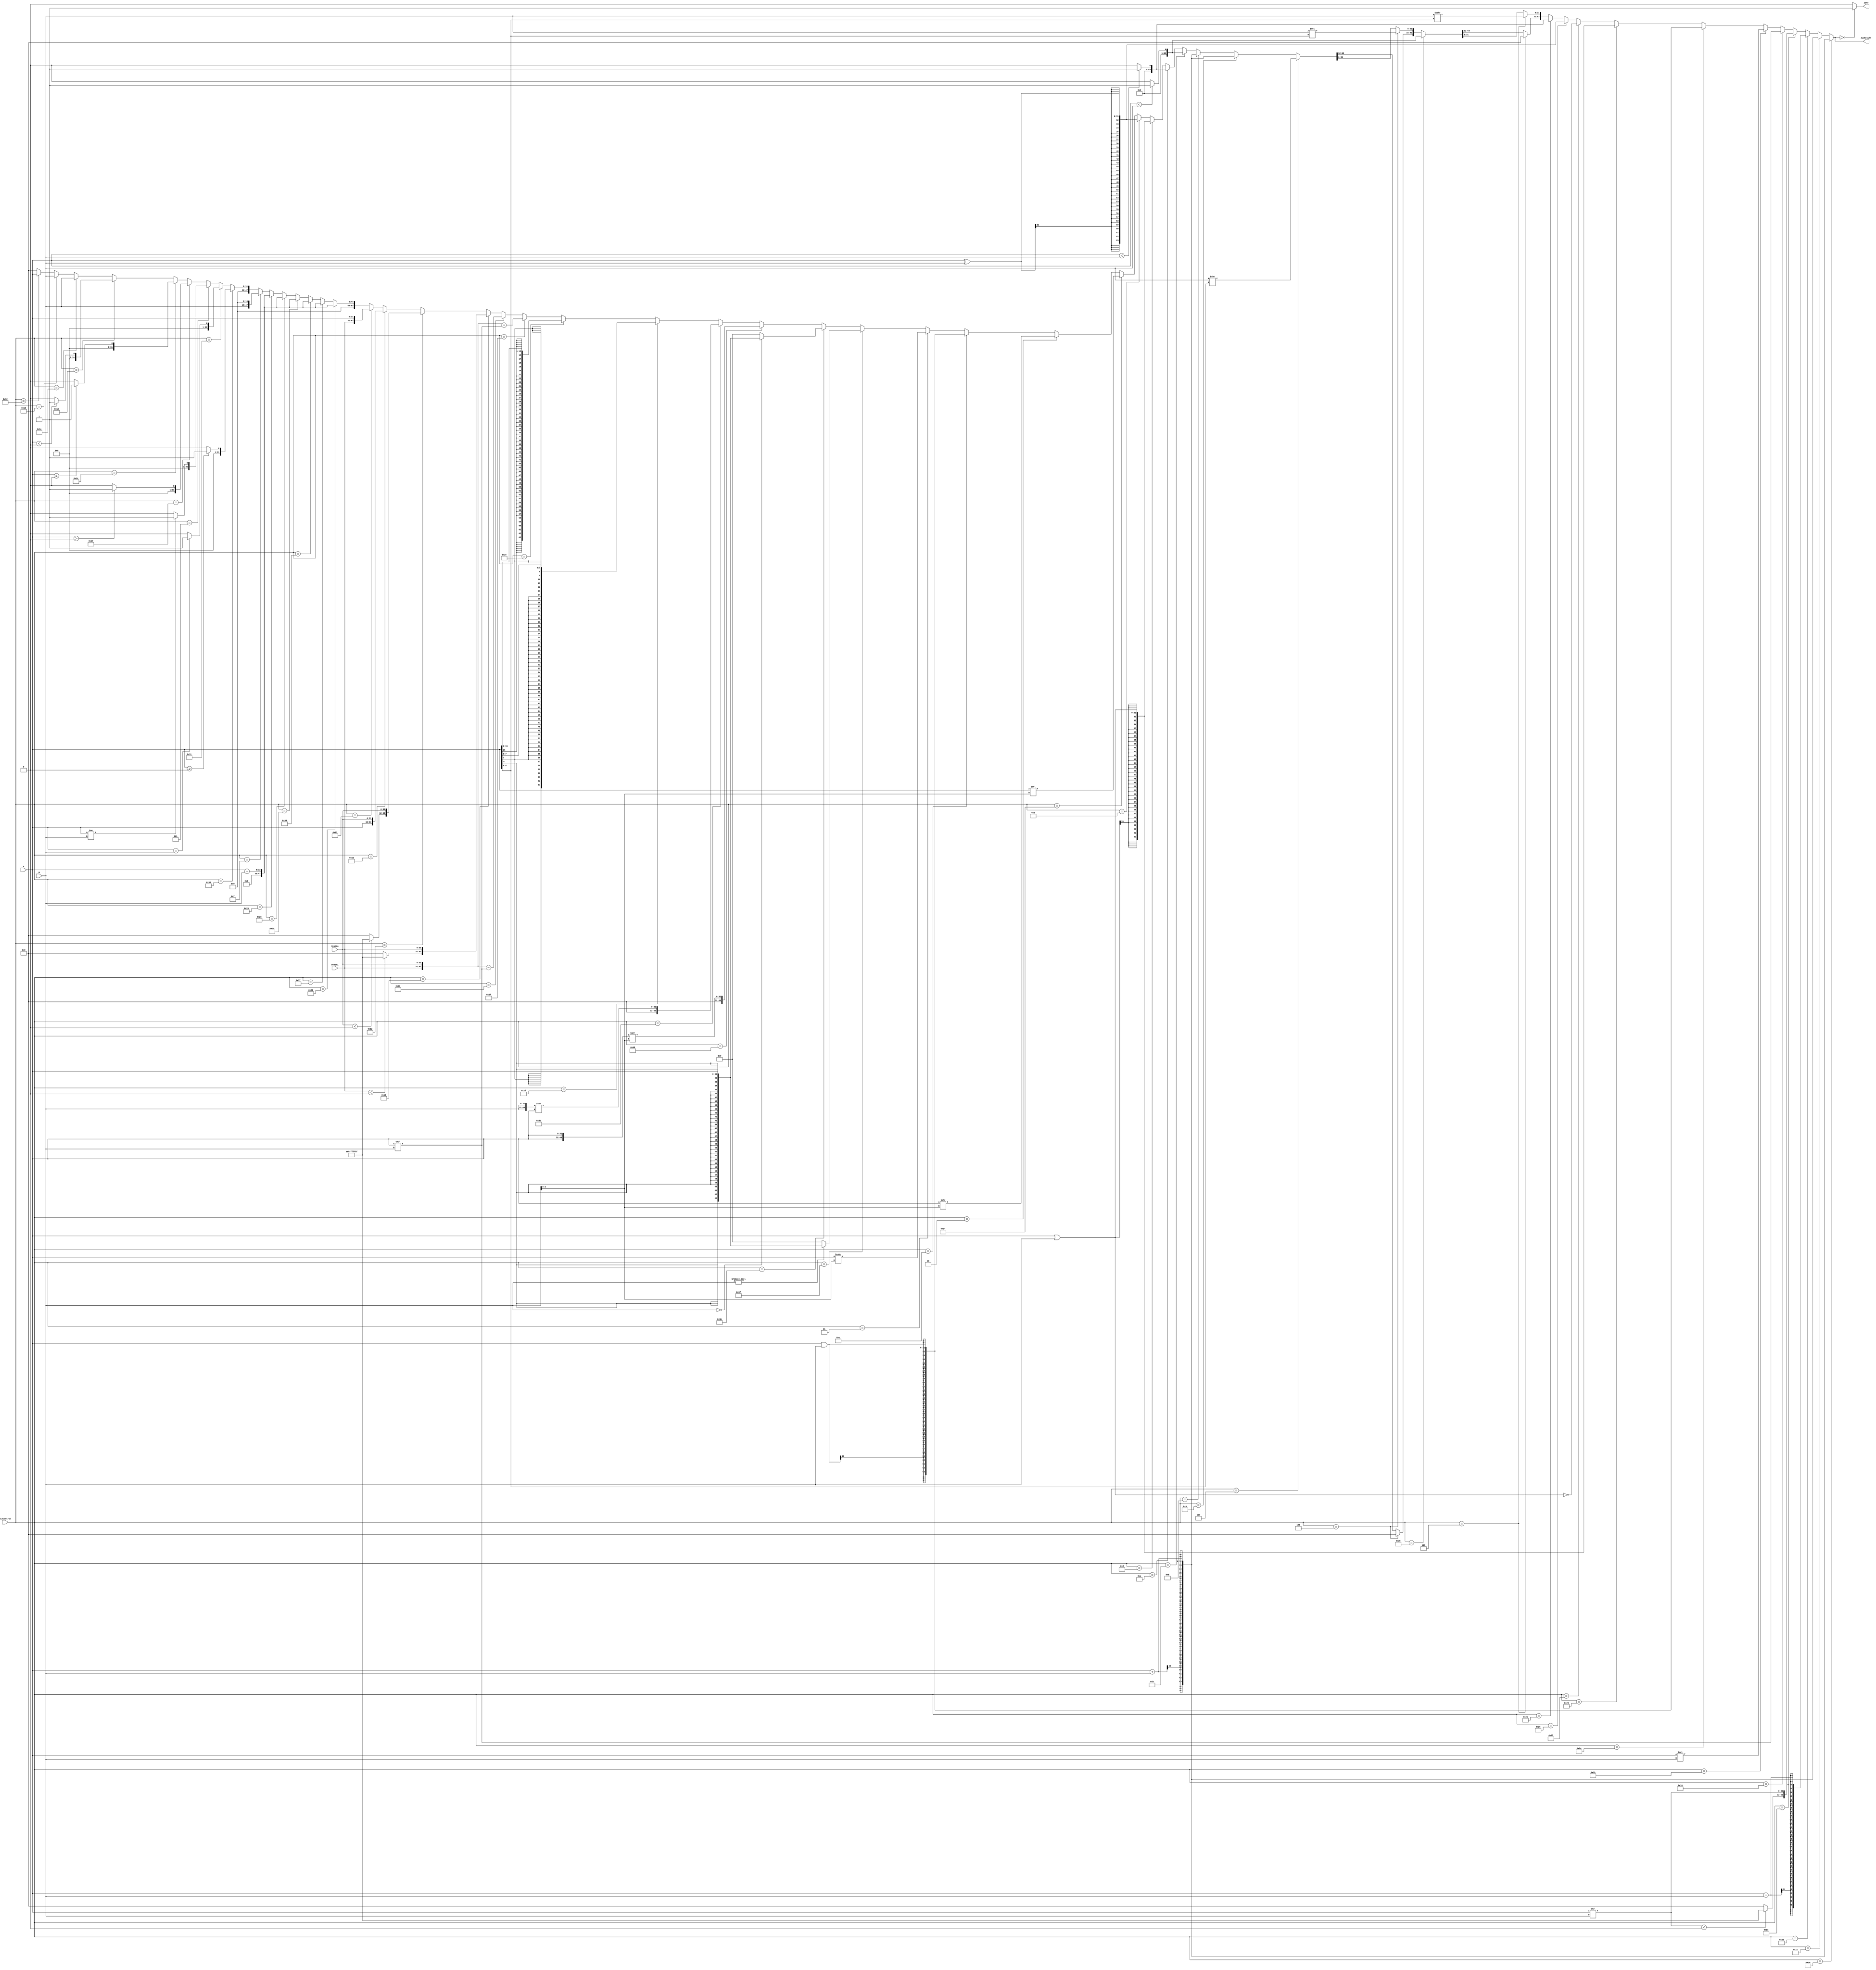
`timescale 1ns / 1ps

////////////////////////////////////////////////////////////////////////////////
// ECE369 - Computer Architecture
// 
// Module - ALU32Bit.v
// Description - 32-Bit wide arithmetic logic unit (ALU).
//
// INPUTS:-
// ALUControl: 4-Bit input control bits to select an ALU operation.
// A: 32-Bit input port A.
// B: 32-Bit input port B.
//
// OUTPUTS:-
// ALUResult: 32-Bit ALU result output.
// ZERO: 1-Bit output flag. 
//
// FUNCTIONALITY:-
// Design a 32-Bit ALU behaviorally, so that it supports addition,  subtraction,
// AND, OR, and set on less than (SLT). The 'ALUResult' will output the 
// corresponding result of the operation based on the 32-Bit inputs, 'A', and 
// 'B'. The 'Zero' flag is high when 'ALUResult' is '0'. The 'ALUControl' signal 
// should determine the function of the ALU based on the table below:-
// Op   | 'ALUControl' value
// ==========================
// ADD  | 100000
// ADDU | 100001
// ADDIU| 001001
// ADDI | 001000
// SUB  | 100010
// MUL  | 011100
// MULT | 011000
// MULTU| 011001
// AND  | 100100
// OR   | 100101
// ANDI | 001100
// NOR  | 100111
// XOR  | 100110
// ORI  | 001101
// XORI | 001110
// SLL  | 000000
// SRL  | 000010
// SLT  | 101010
// SLTI | 001010
// SRA  | 000011
// SRAV | 000111
// SLTIU| 001011
// SLTU | 101011
// SLLV | 000100
// SRLV | 000110
// MOVN | 111111 [001011 (last 6)]
// MOVZ | 111110 [001010 (last 6)]
// ROTR | 111101 [same as SRL except 5 bits after first 6 (00001)]
// ROTRV | 111100 [same as SRLV except 5 bits before last 6 (00001)]
// SEB | 101101 [011111 (first 6), 10000 (5 before), 100000 (last 6)]
// SEH | 101110 [011111 (first 6), 11000 (5 before), 100000 (last 6)]
// MADD | 101111 [011100 (first 6), 000000 (last 6)]
// MSUB | 110000 [011100 (first 6), 000100 (last 6)]
//
//
//
// NOTE:-
// SLT (i.e., set on less than): ALUResult is '32'h000000001' if A < B.
// 
////////////////////////////////////////////////////////////////////////////////

module ALU32Bit(ALUControl, A, ReadHi, ReadLo, B, ALUResult, Zero);

	input [5:0] ALUControl; // control bits for ALU operation
	input [31:0] A, B;	    // inputs
	input [31:0] ReadHi, ReadLo; // current high and low register values
    reg [63:0] tempVal1, tempVal2;     // temp reg for storing concatenated result
    
	output reg [63:0] ALUResult;	// answer
	reg[5:0] shamt;
	output reg Zero;	    // Zero=1 if ALUResult == 0
	
	initial begin 
	   ALUResult = 0;
	   Zero = 1;
	end

    always @(ALUControl, A, B, ReadHi, ReadLo) begin
        ALUResult = 0;
        if(ALUControl == 6'b100000) begin // ADD
            ALUResult = $signed(A) + $signed(B);
        end
        
        else if(ALUControl == 6'b100001) begin // ADDU
            ALUResult = $signed(A) + $signed(B);
        end
        
        else if(ALUControl == 6'b100010) begin // SUB
            ALUResult = $signed(A) - $signed(B);
        end
        
        else if(ALUControl == 6'b011100) begin // MUL = A*B stored in $d
            //ALUResult = $signed(A) * $signed(B);
            if($signed(A) * $signed(B) < 0) begin
                ALUResult[63:32] = 32'b11111111111111111111111111111111;
                ALUResult[31:0] = $signed(A) * $signed(B);
            end
            else begin
                ALUResult[63:32] = 32'b00000000000000000000000000000000;
                ALUResult[31:0] = $signed(A) * $signed(B);
            end
        end
        
        else if(ALUControl == 6'b011000) begin // MULT -> must be stored in HI LO
            ALUResult = $signed(A) * $signed(B);
        end
        
        else if(ALUControl == 6'b011001) begin // MULTU -> must be stored in HI Lo
            ALUResult = $unsigned(A) * $unsigned(B);
        end
        
        else if(ALUControl == 6'b100100) begin // AND
            ALUResult = $signed(A) & $signed(B);
        end
        
        else if(ALUControl == 6'b100101) begin // OR
            ALUResult = $signed(A) | $signed(B);
        end
        
        else if(ALUControl == 6'b100111) begin // NOR
            ALUResult = ~($signed(A) | $signed(B)); 
        end
        
        else if(ALUControl == 6'b100110) begin // XOR
            ALUResult = $signed(A) ^ $signed(B);
        end
        
        else if(ALUControl == 6'b101010) begin // SLT
            if($signed(A) < $signed(B)) begin
                ALUResult = 1;
            end
            else begin
                ALUResult = 0;
            end
        end
        
        else if(ALUControl == 6'b000111) begin // SRAV
            ALUResult[31:0] = $signed(B) >>> A[4:0];
        end
        
        else if(ALUControl == 6'b101011) begin // SLTU
            if($unsigned(A) < $unsigned(B)) begin
                ALUResult = 1;
            end
            else begin
                ALUResult = 0;
            end
        end
        
        else if(ALUControl == 6'b000100) begin // SLLV
            ALUResult[31:0] = $signed(B) << $unsigned(A[4:0]);
        end
        
        else if(ALUControl == 6'b000110) begin // SRLV
            ALUResult = $signed(B) >> $unsigned(A[4:0]);
        end
        
        else if(ALUControl == 6'b001001) begin // ADDIU
            ALUResult = $signed(A) + $signed(B);
        end
        
        else if(ALUControl == 6'b001000) begin // ADDI
            ALUResult = $signed(A) + $signed(B);
        end
        
        else if(ALUControl == 6'b001011) begin // SLTIU
            if($unsigned(A) < $unsigned(B)) begin
                ALUResult = 1;
            end
            else begin
                ALUResult = 0;
            end
        end
        
        else if(ALUControl == 6'b001010) begin // SLTI
            if($signed(A) < $signed(B)) begin
                ALUResult = 1;
            end
            else begin
                ALUResult = 0;
            end
        end
        
        else if(ALUControl == 6'b001101) begin // ORI
            ALUResult = $signed(A) | $signed(B);
        end
        
        else if(ALUControl == 6'b001110) begin // XORI
            ALUResult = $signed(A) ^ $signed(B);
        end
        
        else if(ALUControl == 6'b010100) begin // SLL
            ALUResult = $signed(A) << $unsigned(B[4:0]);
        end
        
        else if(ALUControl == 6'b000010) begin // SRL
            ALUResult = $signed(A) >> $unsigned(B[4:0]);
        end
        
        else if(ALUControl == 6'b001100) begin // ANDI
            ALUResult = $signed(A) & $signed(B);
        end
        
        else if(ALUControl == 6'b000011) begin // SRA
            ALUResult = $signed(A) >>> $unsigned(B[4:0]);
        end
        
        else if (ALUControl == 6'b111111) begin // MOVN
            if (B != 0) begin
                ALUResult = $signed(A);
            end
        end
        
        else if (ALUControl == 6'b111110) begin // MOVZ
            if (B == 0) begin
                ALUResult = $signed(A);
            end
        end
        
        else if (ALUControl == 6'b111101) begin // ROTR
            shamt = B[4:0];
            tempVal1 = {A, A};
            tempVal1 = tempVal1 >> shamt;
            ALUResult = tempVal1[31:0];
        end
        
        else if (ALUControl == 6'b111100) begin // ROTRV
            tempVal1 = {B, B};
            tempVal1 = tempVal1 >> A;
            ALUResult = tempVal1[31:0];
        end
        
        else if (ALUControl == 6'b101101) begin // SEB
            ALUResult = {{56{A[7]}},{A[7:0]}};
        end
        
        else if (ALUControl == 6'b101110) begin // SEH
            ALUResult = {{48{A[15]}},{A[15:0]}};
        end
        
        else if (ALUControl == 6'b101111) begin // MADD
            tempVal1 = {ReadHi,ReadLo};
            tempVal2 = $signed(A) * $signed(B);
            ALUResult = tempVal1 + tempVal2;
        end
        
        else if (ALUControl == 6'b110000) begin // MSUB
            tempVal1 = {{ReadHi[31:0]},{ReadLo[31:0]}};
            tempVal2 = $signed(A) * $signed(B);
            ALUResult = tempVal1 - tempVal2;
        end
        
        else if(ALUControl == 6'b010000) begin // mfhi
            if($signed(ReadHi) < 0) begin
                ALUResult[31:0] = ReadHi;
                ALUResult[63:32] = 32'b11111111111111111111111111111111;
            end
            else begin
                ALUResult = ReadHi;
            end
        end
        
        else if(ALUControl == 6'b010010) begin // mflo
            if($signed(ReadLo) < 0) begin
                ALUResult[31:0] = ReadLo;
                ALUResult[63:32] = 32'b11111111111111111111111111111111;
            end
            else begin
                ALUResult = ReadLo;
            end
        end
        
        else if(ALUControl == 6'b010001) begin // mthi
            ALUResult = {A, ReadLo};
        end
        
        else if(ALUControl == 6'b010011) begin // mtlo
            ALUResult = {ReadHi, A};
        end
        
        else if(ALUControl == 6'b100011) begin // lw
            ALUResult = A + B; //B is offset, A is base
        end
        
        else if(ALUControl == 6'b110111) begin //lh
            ALUResult = A + B; //B is offset, A is base
        end
        
        else if(ALUControl == 6'b110011) begin //lb
            ALUResult = A + B; //B is offset, A is base
        end
        
        else if(ALUControl == 6'b111001) begin //sw
            ALUResult = A + B; //B is offset, A is base
        end
        
        else if(ALUControl == 6'b101000) begin //sb
            ALUResult = A + B; //B is offset, A is base
        end
        
        else if(ALUControl == 6'b101001) begin //sh
            ALUResult = A + B; //B is offset, A is base
        end
        
        else if(ALUControl == 6'b001111) begin //lui
            ALUResult = B << 16;
        end
        
        else if(ALUControl == 6'b110101) begin //bgez
            if($signed(A) >= 0) begin
                ALUResult = 1;
            end
            else begin
                ALUResult = 0;
            end
        end
        
        else if(ALUControl == 6'b110001) begin //beq
            if($signed(A) == $signed(B)) begin
                ALUResult = 1;
            end
            else begin
                ALUResult = 0;
            end
        end
        
        else if(ALUControl == 6'b000101) begin //bne
            if($signed(A) != $signed(B)) begin
                ALUResult = 1;
            end
            else begin
                ALUResult = 0;
            end
        end
        
        else if(ALUControl == 6'b010111) begin //bgtz
            if($signed(A) > 0) begin
                ALUResult = 1;
            end
            else begin
                ALUResult = 0;
            end
        end
        
        else if(ALUControl == 6'b101100) begin //blez
            if($signed(A) <= 0) begin
                ALUResult = 1;
            end
            else begin
                ALUResult = 0;
            end
        end
        
        else if(ALUControl == 6'b011110) begin //bltz
            if($signed(A) < 0) begin
                ALUResult = 1;
            end
            else begin
                ALUResult = 0;
            end
        end
        
        else if(ALUControl == 6'b011010) begin //j
            ALUResult = B;
        end
        
        else if(ALUControl == 6'b010110) begin //jal
            ALUResult = B;
        end
        else if(ALUControl == 6'b110010) begin //jr
            ALUResult = A;
        end
        
     
    end
    always@(ALUResult) begin
        Zero = 0;
        if(ALUResult == 0)begin
            Zero = 1;
        end
        else begin
            Zero = 0;
        end
    end
endmodule